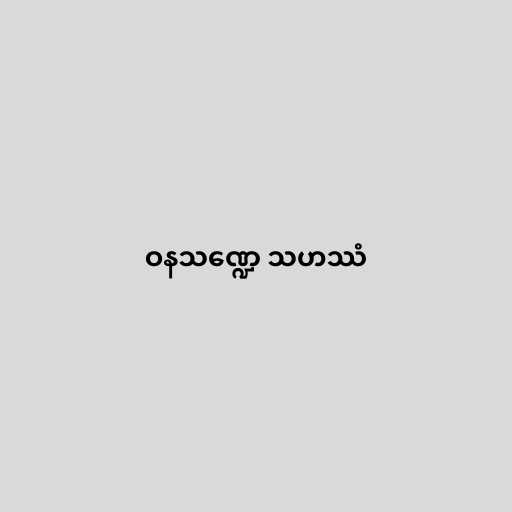
ဝနသဏ္ဍေ သဟဿံ